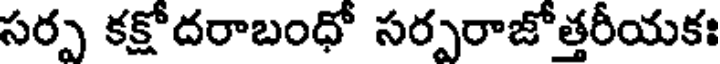
సర్ప కక్షోదరాబంధో సర్పరాజోత్తరీయకః